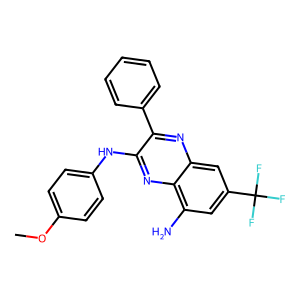
SMILES: COc1ccc(Nc2nc3c(N)cc(C(F)(F)F)cc3nc2-c2ccccc2)cc1
Inhibits HIV replication: No